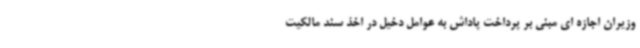
وزیران اجازه ای مبنی بر پرداخت پاداش به عوامل دخیل در اخذ سند مالکیت